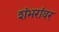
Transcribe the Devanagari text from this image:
शंभरांवर